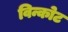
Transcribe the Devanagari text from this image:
विन्कोट